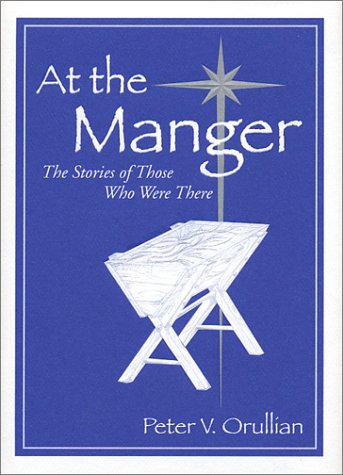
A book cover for At The Manger: The Story of Those Who Were There; Peter V Orullian; Religion & Spirituality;